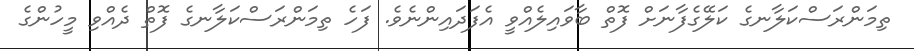
ތިމަންރަސްކަލާނގެ ކަލޭގެފާނަށް ފޮތް ބާވައިލެއްވީ އެފަދައިންނެވެ. ފަހެ ތިމަންރަސްކަލާނގެ ފޮތް ދެއްވި މީހުންގެ